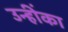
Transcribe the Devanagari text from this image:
उन्हींका